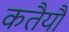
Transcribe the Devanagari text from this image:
कतैयौं